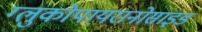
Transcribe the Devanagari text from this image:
ग्लुकोपायरानोसाइड